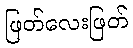
ဖြတ်လေးဖြတ်